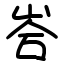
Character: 峇